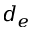
d _ { e }